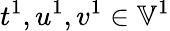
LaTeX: t^{1},u^{1},v^{1}\in\mathbb{V}^{1}